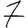
Digit: 7